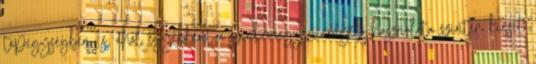
tápegységben is, ahol egyébként a szinkronegyenirányító használata szintén kicsit